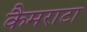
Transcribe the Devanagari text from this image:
कैमराटा